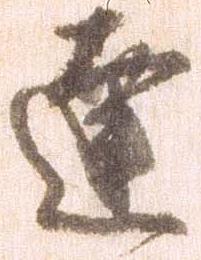
達